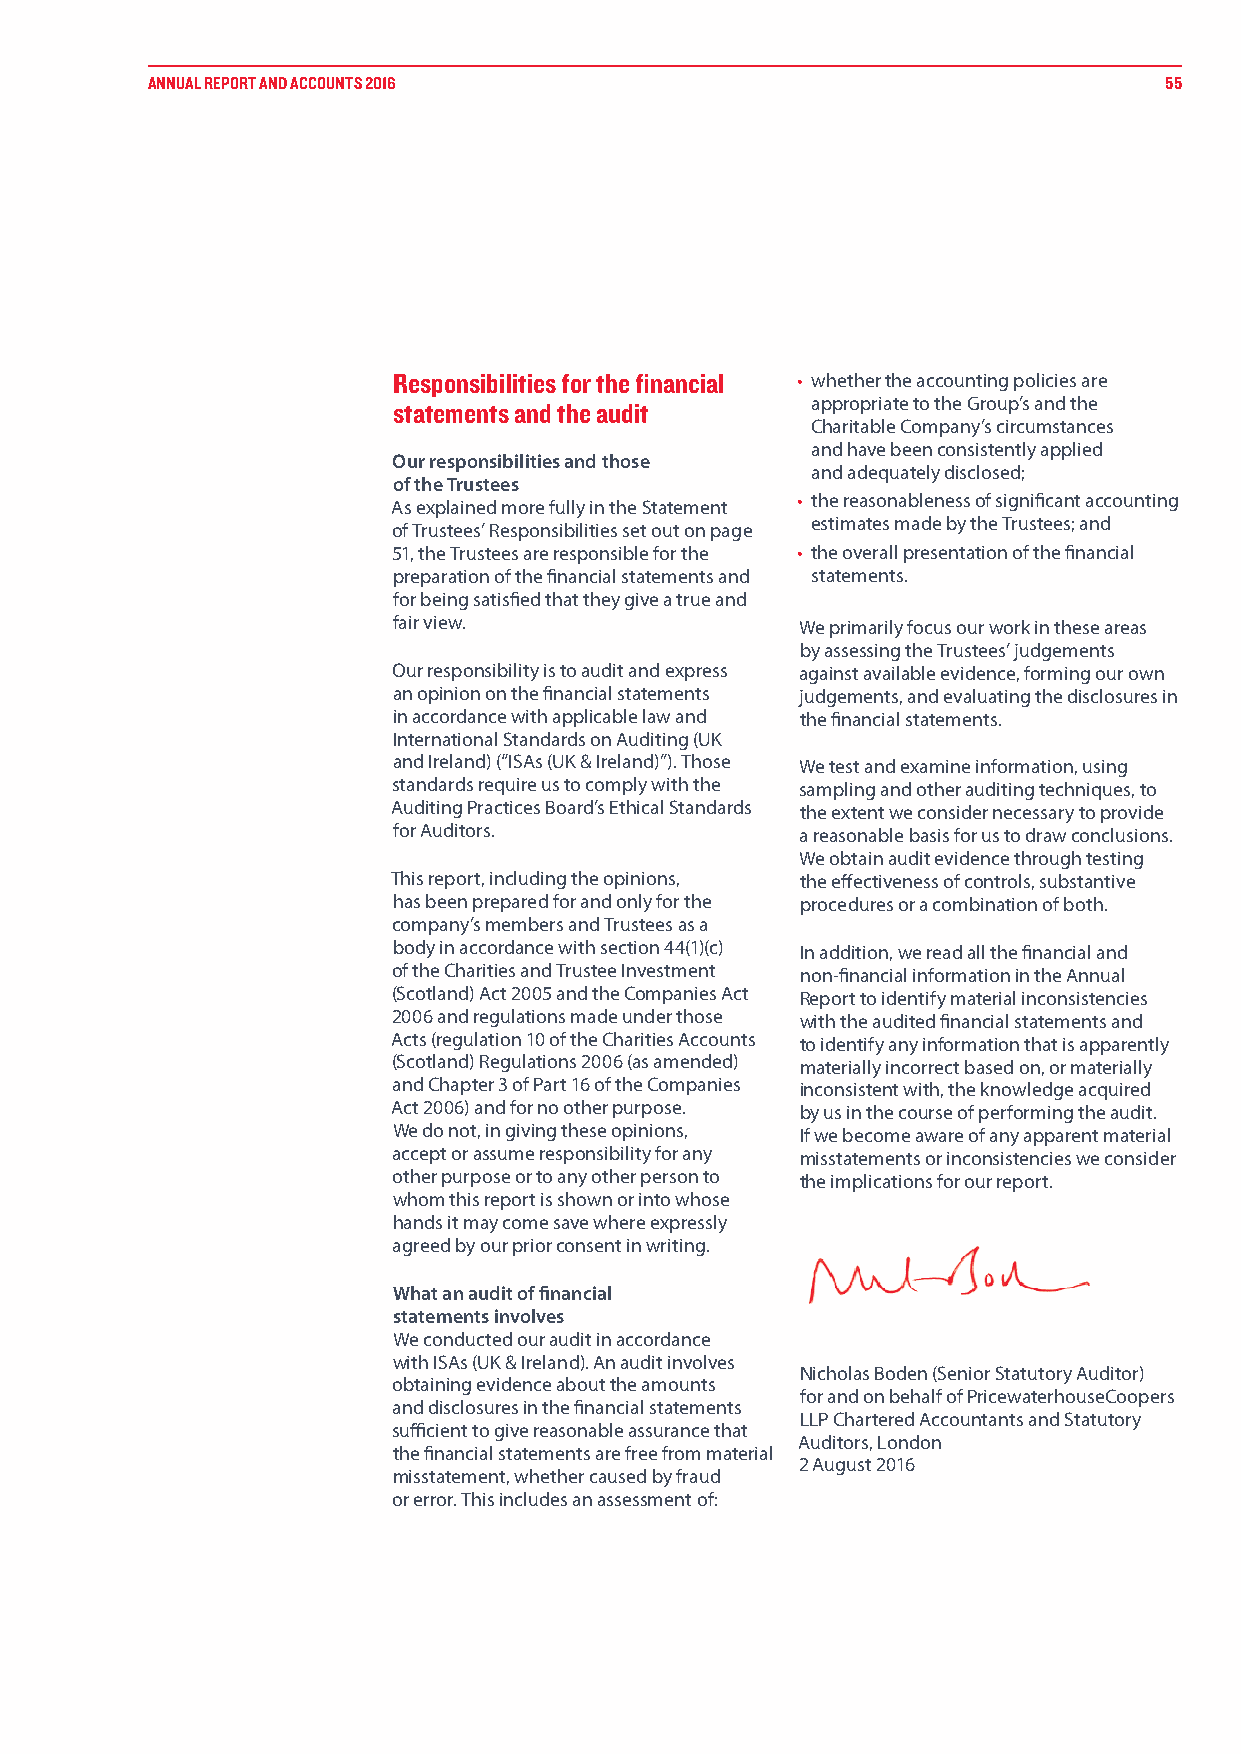
ANNUAL REPORT AND ACCOUNTS 2016                                    55
 Responsibilities for the financial • whether the accounting policies are
 statements and the audit    appropriate to the Group’s and the
 Charitable Company’s circumstances
 and have been consistently applied
 Our responsibilities and those
 and adequately disclosed;
 of the Trustees
 • the reasonableness of significant accounting
 As explained more fully in the Statement
 estimates made by the Trustees; and
 of Trustees’ Responsibilities set out on page
 51, the Trustees are responsible for the • the overall presentation of the financial
 preparation of the financial statements and statements.
 for being satisfied that they give a true and
 fair view.                 We primarily focus our work in these areas
 by assessing the Trustees’ judgements
 Our responsibility is to audit and express against available evidence, forming our own
 an opinion on the financial statements judgements, and evaluating the disclosures in
 in accordance with applicable law and the financial statements.
 International Standards on Auditing (UK
 and Ireland) (“ISAs (UK & Ireland)”). Those We test and examine information, using
 standards require us to comply with the sampling and other auditing techniques, to
 Auditing Practices Board’s Ethical Standards the extent we consider necessary to provide
 for Auditors.              a reasonable basis for us to draw conclusions.
 We obtain audit evidence through testing
 This report, including the opinions, the effectiveness of controls, substantive
 has been prepared for and only for the procedures or a combination of both.
 company’s members and Trustees as a
 body in accordance with section 44(1)(c) In addition, we read all the financial and
 of the Charities and Trustee Investment non-financial information in the Annual
 (Scotland) Act 2005 and the Companies Act Report to identify material inconsistencies
 2006 and regulations made under those with the audited financial statements and
 Acts (regulation 10 of the Charities Accounts to identify any information that is apparently
 (Scotland) Regulations 2006 (as amended) materially incorrect based on, or materially
 and Chapter 3 of Part 16 of the Companies inconsistent with, the knowledge acquired
 Act 2006) and for no other purpose. by us in the course of performing the audit.
 We do not, in giving these opinions, If we become aware of any apparent material
 accept or assume responsibility for any misstatements or inconsistencies we consider
 other purpose or to any other person to the implications for our report.
 whom this report is shown or into whose
 hands it may come save where expressly
 agreed by our prior consent in writing.
 What an audit of financial
 statements involves
 We conducted our audit in accordance
 with ISAs (UK & Ireland). An audit involves
 Nicholas Boden (Senior Statutory Auditor)
 obtaining evidence about the amounts
 for and on behalf of PricewaterhouseCoopers
 and disclosures in the financial statements
 LLP Chartered Accountants and Statutory
 sufficient to give reasonable assurance that
 Auditors, London
 the financial statements are free from material
 2 August 2016
 misstatement, whether caused by fraud
 or error. This includes an assessment of: